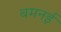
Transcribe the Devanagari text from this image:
बमनई